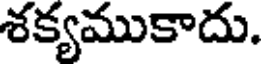
శక్యముకాదు.